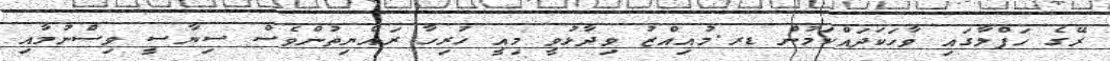
ރޭގެ ހަފްލާގައި ވާހަކަދައްކަމުން ޑރ.މުއިއްޒު ވިދާޅުވީ މިއީ ހުރިހާ ރައްޔިތުންވެސް ސިޔާސީ ވިސްނުމާއި